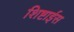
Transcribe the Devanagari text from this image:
शिष्टाईस